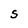
Character: S